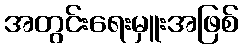
အတွင်းရေးမှူးအဖြစ်